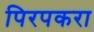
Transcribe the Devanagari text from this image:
पिरपकरा